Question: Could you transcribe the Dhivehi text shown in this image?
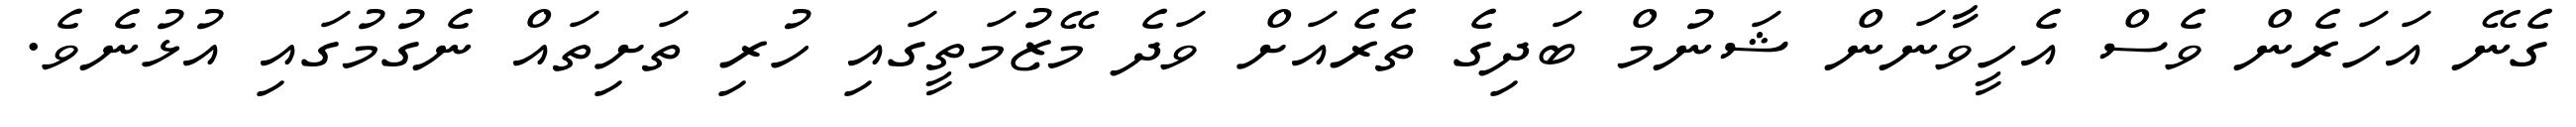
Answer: ގެނޭ އަހަރެން ވެސް އެހީވާނަން ޝަނުމް ބަދިގެ ތެރެއަށް ވަދެ މޭޒުމަތީގައި ހުރި ތަށިތައް ނެގުމުގައި އުޅުނެވެ.